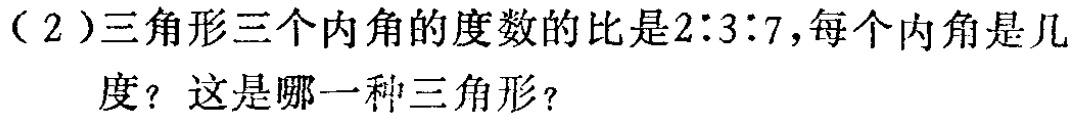
（2）三角形三个内角的度数的比是2∶3∶7，每个内角是几度？这是哪一种三角形？